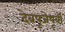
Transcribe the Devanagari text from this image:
देवपूजेपूर्वी